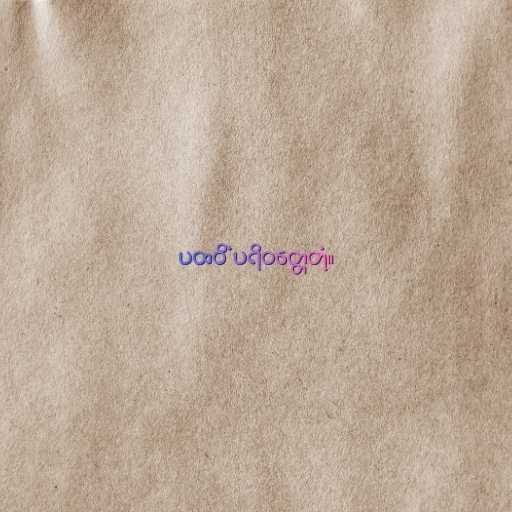
ပထဝိံ ပရိဝတ္တေတုံ။